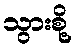
သွားစို့